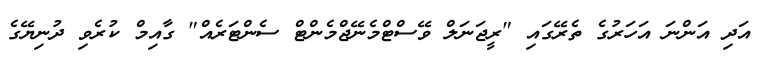
އަދި އަންނަ އަހަރުގެ ތެރޭގައި "ރީޖަނަލް ވޭސްޓްމެނޭޖްމެންޓް ސެންޓަރެއް" ގާއިމް ކުރެވި ދުނިޔޭގެ